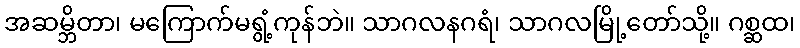
အဆမ္ဘိတာ၊ မကြောက်မရွံ့ကုန်ဘဲ။ သာဂလနဂရံ၊ သာဂလမြို့တော်သို့။ ဂစ္ဆထ၊